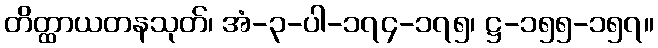
တိတ္ထာယတနသုတ်၊ အံ-၃-ပါ-၁၇၄-၁၇၅၊ ဋ္ဌ-၁၅၅-၁၅၇။